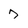
Character: 7